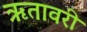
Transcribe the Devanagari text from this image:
ऋतावरी